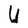
Character: U